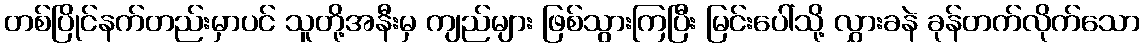
တစ်ပြိုင်နက်တည်းမှာပင် သူတို့အနီးမှ ကျည်များ ဖြစ်သွားကြပြီး မြင်းပေါ်သို့ လွှားခနဲ ခုန်တက်လိုက်သော